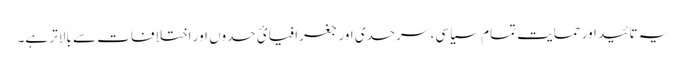
یہ تائید اور حمایت تمام سیاسی، سرحدی اور جغرافیائ حدوں اور اختلافات سے بالاتر ہے۔